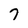
Character: 7